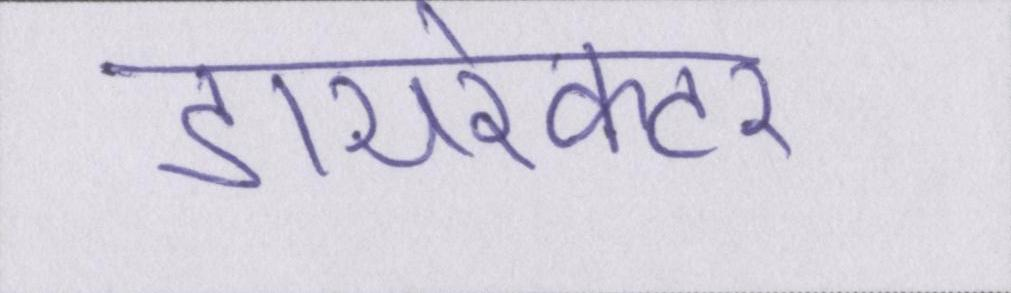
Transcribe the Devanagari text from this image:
डायरेक्टर